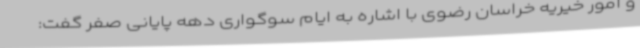
و امور خیریه خراسان رضوی با اشاره به ایام سوگواری دهه پایانی صفر گفت: